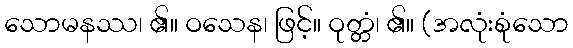
သောမနဿ၊ ၏။ ဝသေန၊ ဖြင့်။ ဝုတ္တံ၊ ၏။ (အလုံးစုံသော